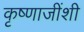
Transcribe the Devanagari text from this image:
कृष्णाजींशी